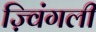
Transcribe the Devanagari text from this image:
ज़्विंगली